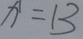
x = 1 3